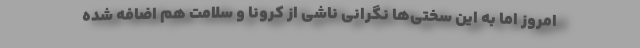
امروز اما به این سختی‌ها نگرانی ناشی از کرونا و سلامت هم اضافه شده